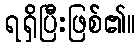
ရရှိပြီးဖြစ်၏။